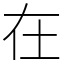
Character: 在